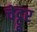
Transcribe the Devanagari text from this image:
चेट्टूर